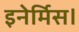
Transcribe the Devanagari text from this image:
इनेर्मिस।